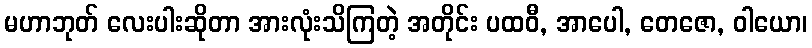
မဟာဘုတ် လေးပါးဆိုတာ အားလုံးသိကြတဲ့ အတိုင်း ပထဝီ, အာပေါ, တေဇော, ဝါယော၊